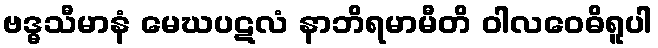
ဗဒ္ဓသီမာနံ မေဃပဋလံ နာဘိရမာမီတိ ဝါလဝေဓိရူပါ